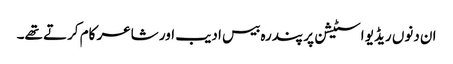
ان دنوں ریڈیو اسٹیشن پر پندرہ بیس ادیب اور شاعر کام کرتے تھے۔